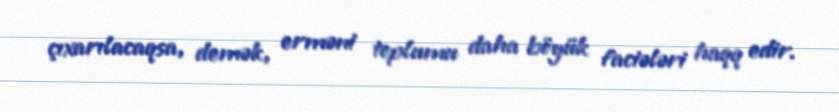
çıxarılacaqsa, demək, erməni toplumu daha böyük faciələri haqq edir.